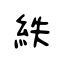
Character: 紩